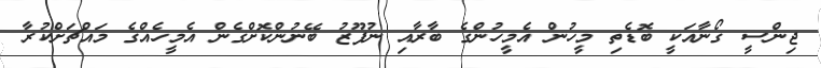
ޖިންސީ ގޯނާއަކީ ބޮޑެތި މީހުން އެމީހުންގެ ބާރާއި ނުފޫޒު ބޭނުންކޮށްގެން އެމީހެއްގެ މައްޗަށްކުރާ